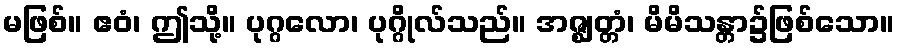
မဖြစ်။ ဧဝံ၊ ဤသို့။ ပုဂ္ဂလော၊ ပုဂ္ဂိုလ်သည်။ အဇ္ဈတ္တံ၊ မိမိသန္တာ၌ဖြစ်သော။